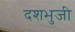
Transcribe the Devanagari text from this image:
दशभुजी